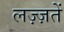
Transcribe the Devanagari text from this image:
लज़्ज़तें